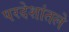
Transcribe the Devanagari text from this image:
परदेशांतले